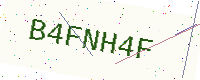
Text: B4FNH4F